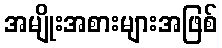
အမျိုးအစားများအဖြစ်